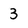
Character: 3